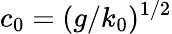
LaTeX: c_{0}=(g/k_{0})^{1/2}